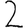
Digit: 2